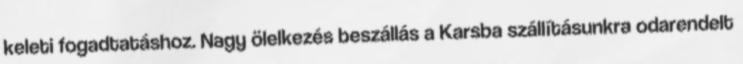
keleti fogadtatáshoz. Nagy ölelkezés beszállás a Karsba szállításunkra odarendelt